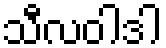
သီလဝါဒါ